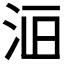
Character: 𱥾